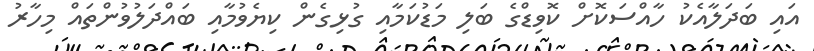
އައި ބަދަލާއެކު ހާއްސަކޮށް ކޮވިޑްގެ ބަލި މަޑުކަމާއި ގުޅިގެން ކިޔެވުމާއި ބައްދަލުވުންތައް މިހާރު